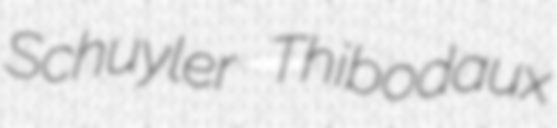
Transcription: Schuyler Thibodaux